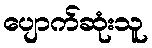
ပျောက်ဆုံးသူ